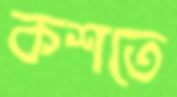
কশতে